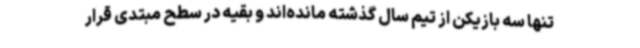
تنها سه بازیکن از تیم سال گذشته مانده‌اند و بقیه در سطح مبتدی قرار